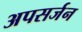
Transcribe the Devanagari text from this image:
अपसर्जन